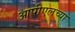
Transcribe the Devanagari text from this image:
आपीएलच्या